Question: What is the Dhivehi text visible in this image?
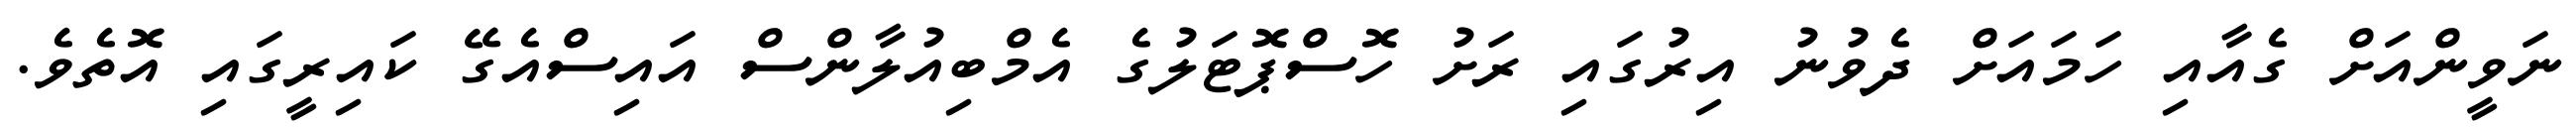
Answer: ނަވީންއަށް ގެއާއި ހަމައަށް ދެވުނު އިރުގައި ރަށު ހޮސްޕޮޓަލުގެ އެމްބިއުލާންސް އައިސްއެގޭ ކައިރީގައި އޮތެވެ.